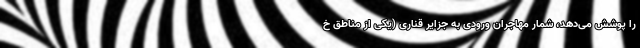
را پوشش می‌دهد، شمار مهاجران ورودی به جزایر قناری (یکی از مناطق خ